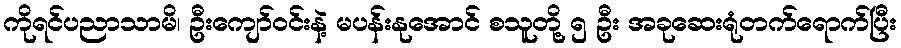
ကိုရင်ပညာသာမိ၊ ဦးကျော်ဝင်းနဲ့ မပန်းနုအောင် စသူတို့ ၅ ဦး အခုဆေးရုံတက်ရောက်ပြီး